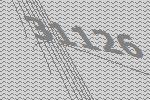
31126